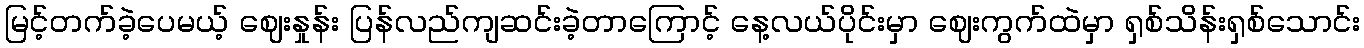
မြင့်တက်ခဲ့ပေမယ့် ဈေးနှုန်း ပြန်လည်ကျဆင်းခဲ့တာကြောင့် နေ့လယ်ပိုင်းမှာ ဈေးကွက်ထဲမှာ ရှစ်သိန်းရှစ်သောင်း